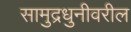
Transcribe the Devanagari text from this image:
सामुद्रधुनीवरील